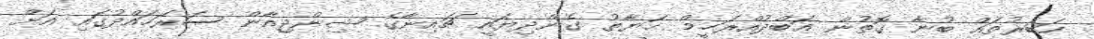
ހަބަރުތައް ބުނާ ގޮތުން ޢަބްދުއްރަޙީމް ޙަޔާތު ގެންދިޔައީ ޗައިނާގެ ޝިންޖިއާން ސަރަހައްދުގައި އަށް